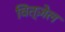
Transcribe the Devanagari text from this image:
वित्ज़ेल